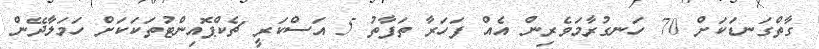
ގާތްގަނޑަކަށް 70 ހަނގުރާމަވެރިން އެއް ފަހަރާ ތަފާތު 5 އަސްކަރީ ޗެކްޕޮއިންޓުތަކަކަށް ހަމަލާދޭން